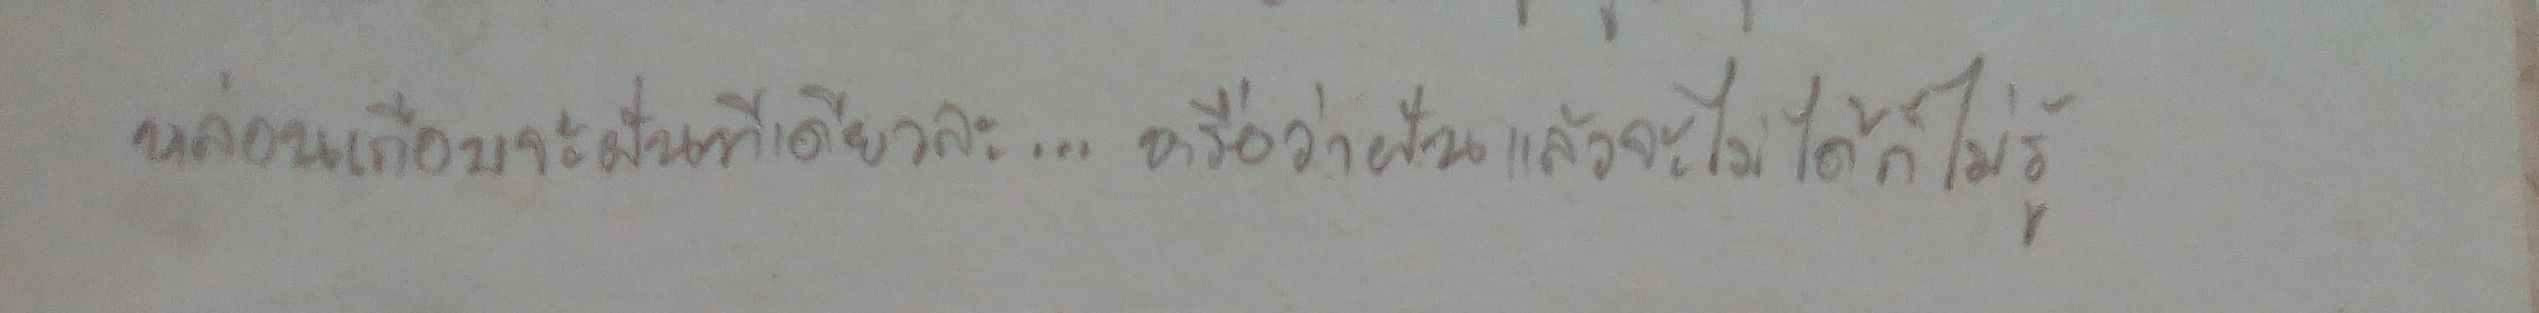
หล่อนเกือบจะฝันทีเดียวละ...หรือว่าฝันแล้วจะไม่ได้ก็ไม่รู้